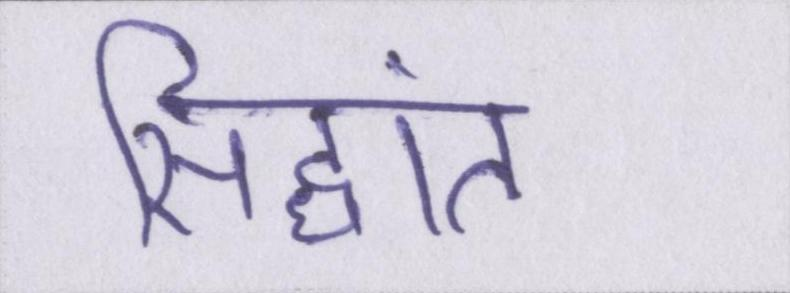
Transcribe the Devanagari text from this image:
सिद्धांत